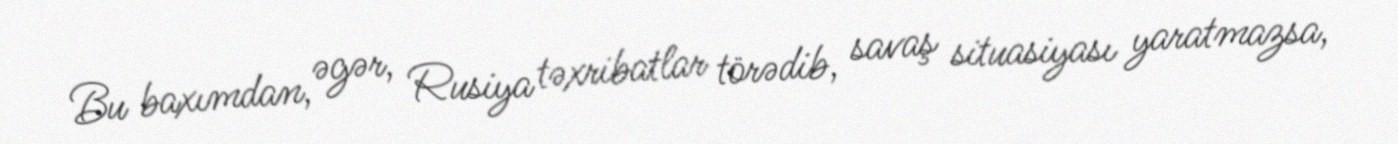
Bu baxımdan, əgər, Rusiya təxribatlar törədib, savaş situasiyası yaratmazsa,